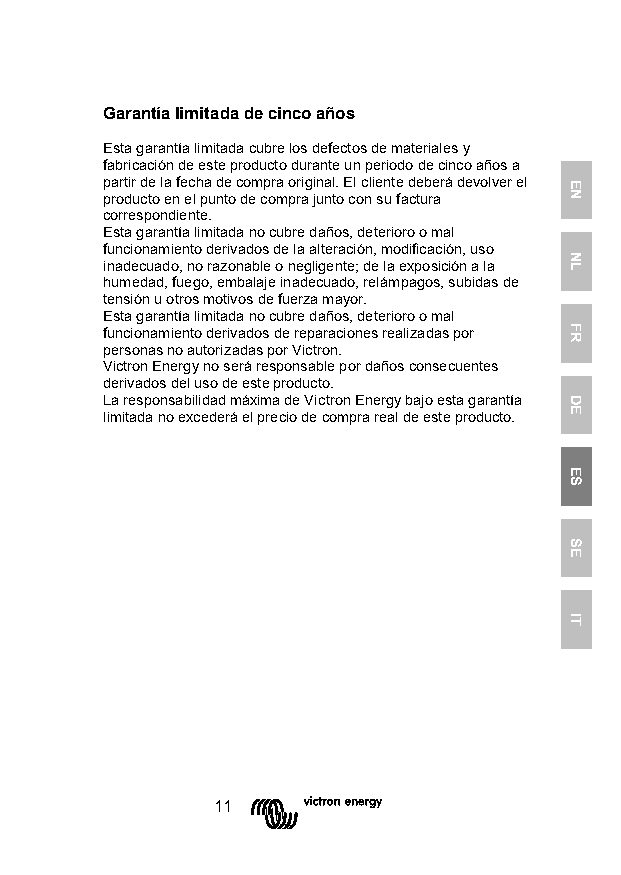
Garantía limitada de cinco años
 Esta garantía limitada cubre los defectos de materiales y
 fabricación de este producto durante un periodo de cinco años a
 partir de la fecha de compra original. El cliente deberá devolver el
 producto en el punto de compra junto con su factura
 correspondiente.
 Esta garantía limitada no cubre daños, deterioro o mal
 funcionamiento derivados de la alteración, modificación, uso
 inadecuado, no razonable o negligente; de la exposición a la
 humedad, fuego, embalaje inadecuado, relámpagos, subidas de
 tensión u otros motivos de fuerza mayor.
 Esta garantía limitada no cubre daños, deterioro o mal
 funcionamiento derivados de reparaciones realizadas por
 personas no autorizadas por Victron.
 Victron Energy no será responsable por daños consecuentes
 derivados del uso de este producto.
 La responsabilidad máxima de Victron Energy bajo esta garantía
 limitada no excederá el precio de compra real de este producto.
 11
 EN
 NL
 FR
 DE
 ES
 SE
 IT